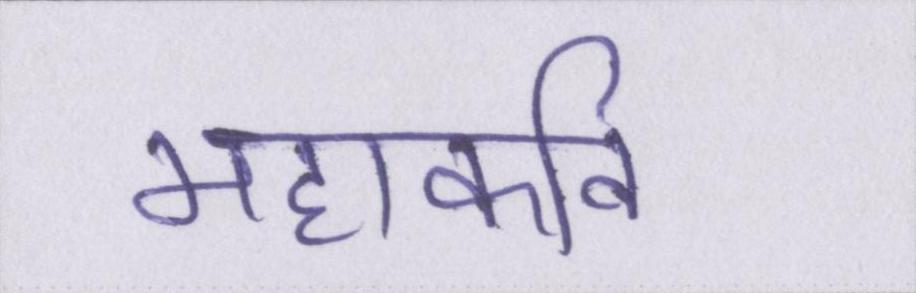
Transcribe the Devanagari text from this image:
महाकवि